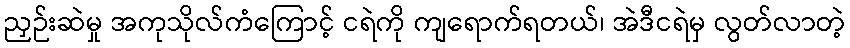
ညှဉ်းဆဲမှု အကုသိုလ်ကံကြောင့် ငရဲကို ကျရောက်ရတယ်၊ အဲဒီငရဲမှ လွတ်လာတဲ့